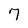
Character: 7